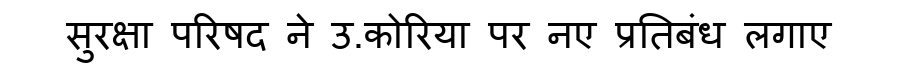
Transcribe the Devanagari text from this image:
सुरक्षा परिषद ने उ.कोरिया पर नए प्रतिबंध लगाए